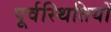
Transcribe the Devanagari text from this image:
पूर्वस्थितियों